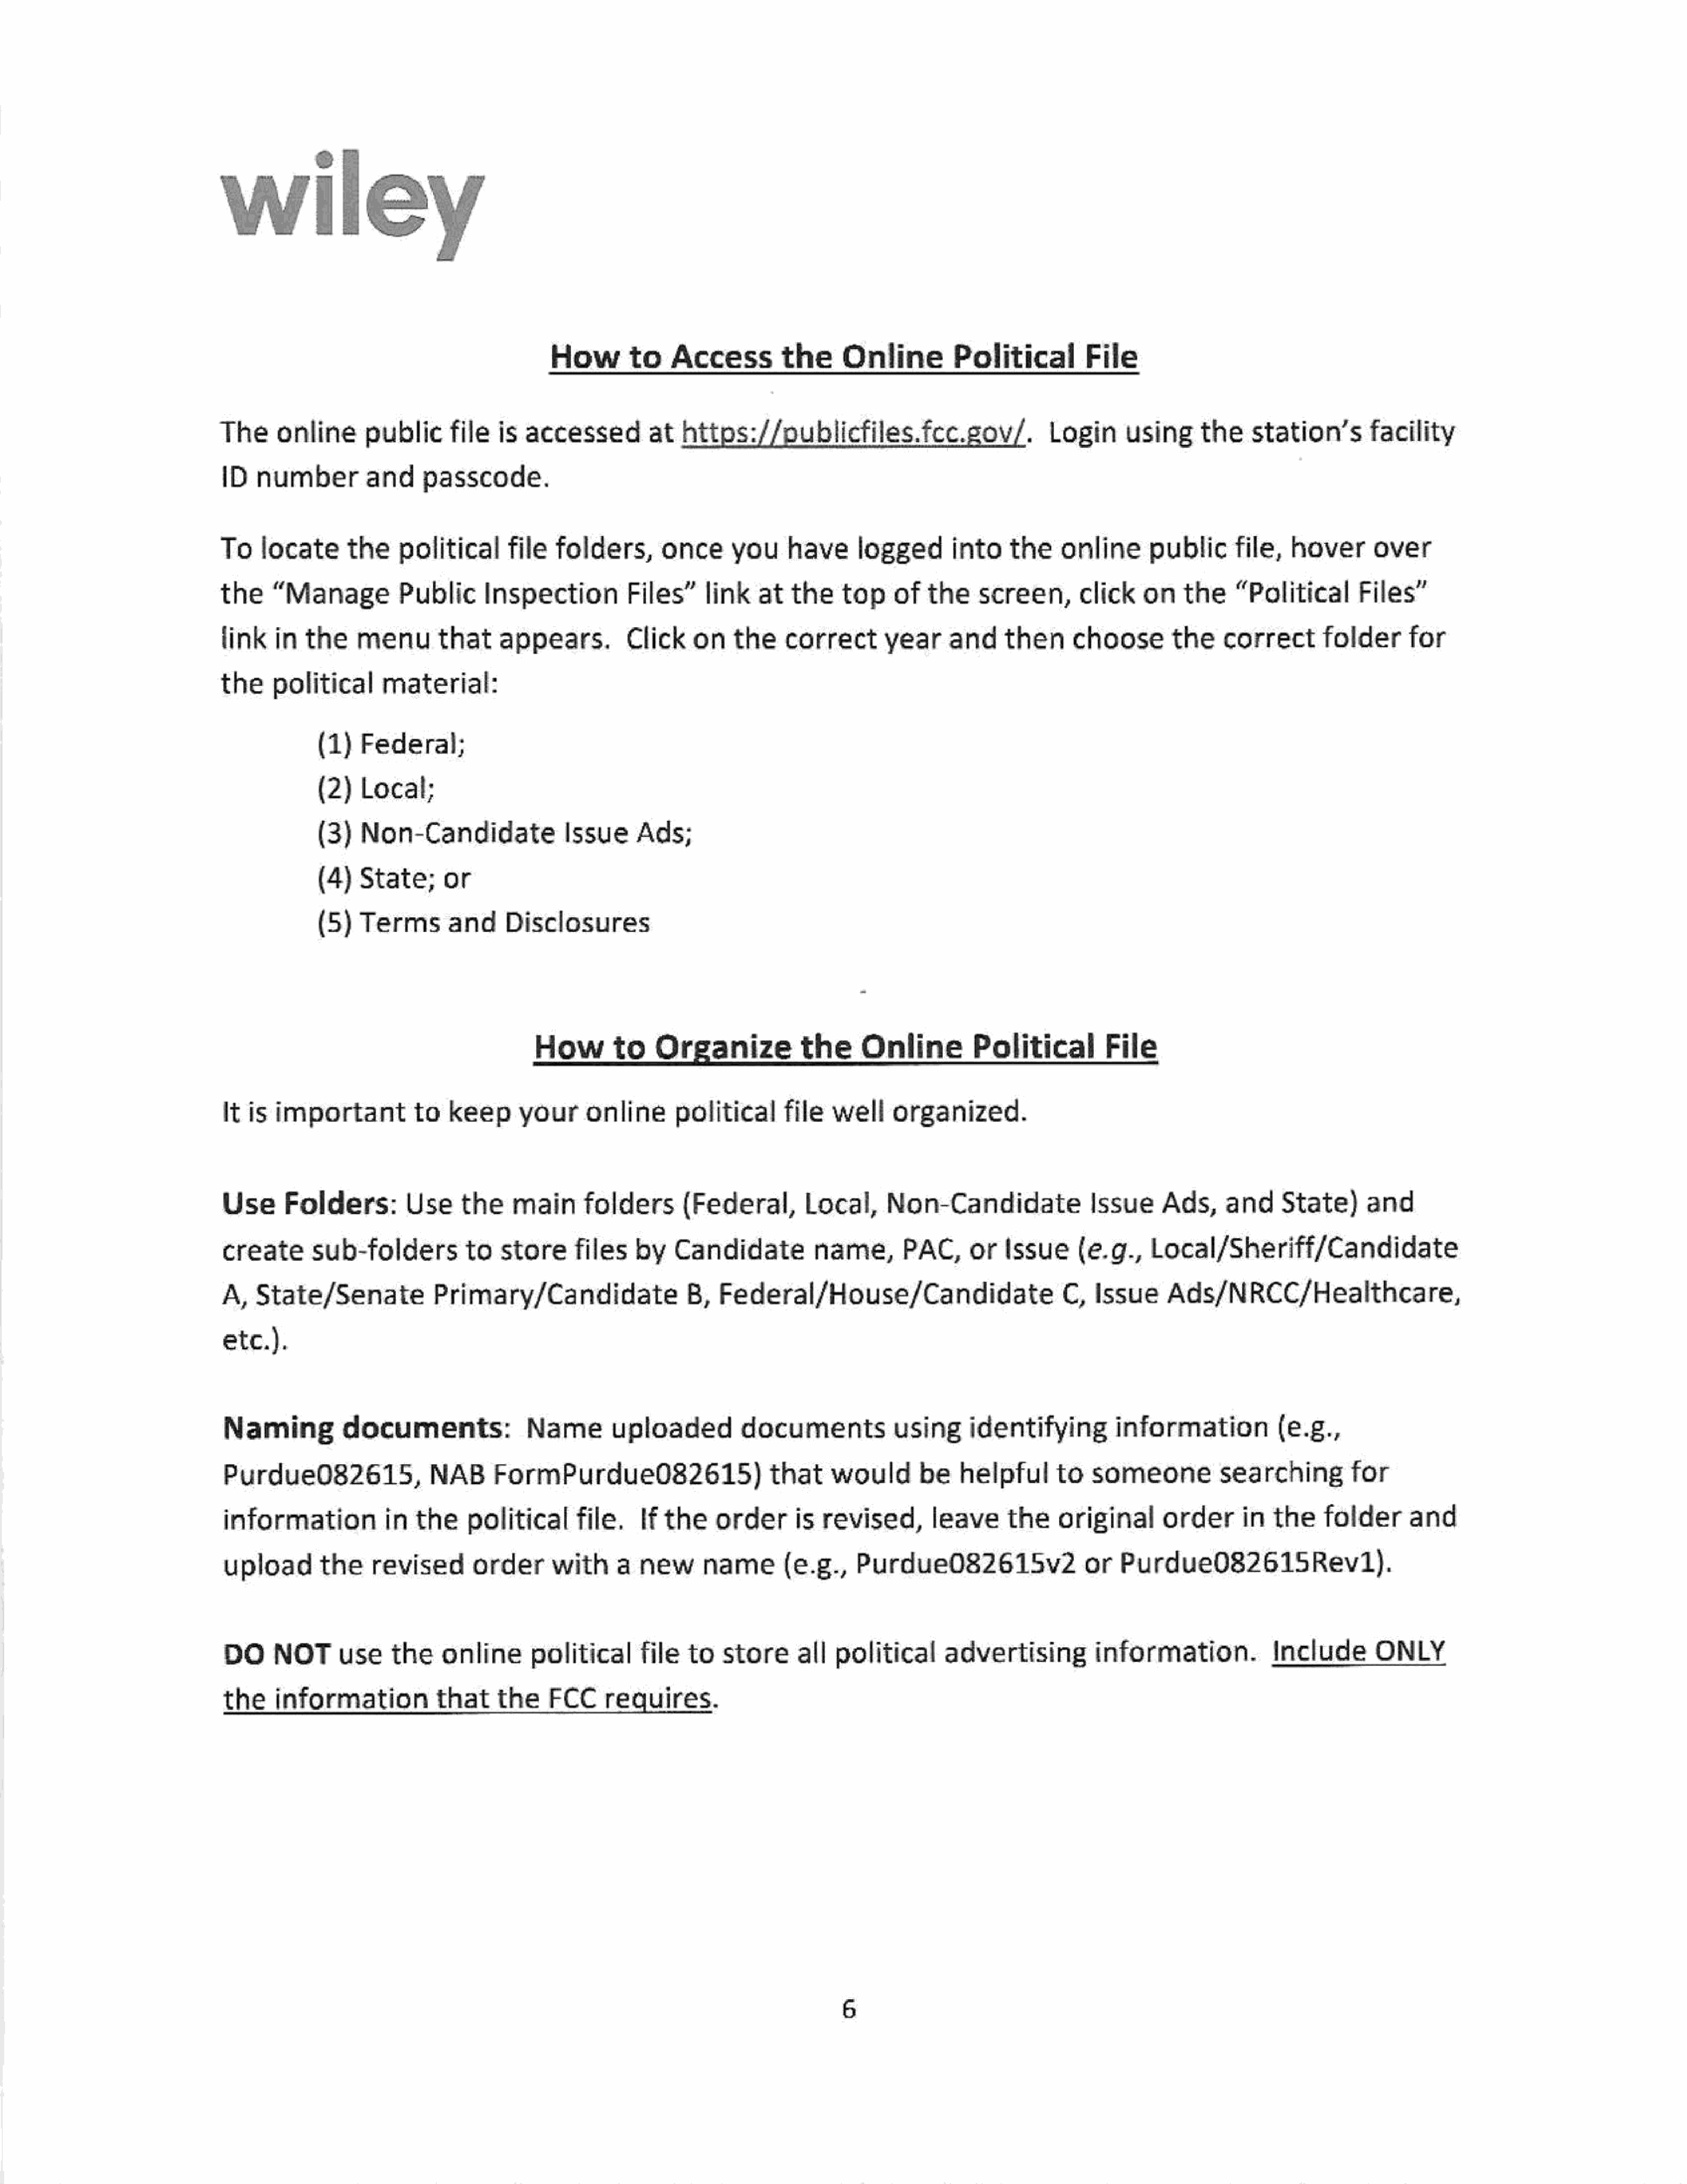
wiley
 How        to    Access          the     Online          Political          File
 The      online      public      file   is  accessed          at   https://oublicfiles.fcc.gov/.                       Login      using      the    station’s     facility
 1D   number       and        passcode.
 To    locate       the    political       file  folders,        once      you     have      logged    into       the     online      public      file,    hover      over
 the     “Manage           Public      Inspection           Files”     link    at  the    top     of   the    screen,click           on    the     “Political       Files”
 link   in   the    menu        that     appears.          Click    on    the    correct       year      and     then      choosethe            correct       folder      for
 the    political       material:
 (1)   Federal;
 (2)   Local;
 (3)   Non-Candidate                Issue     Ads;
 (4)  State;       or
 (5)  Terms        and  Disclosures
 How        to    Organize            the      Online      Political           File
 It  is  important          to   keep      your   online          political    file     well     organized.
 Use      Folders:         Use     the    main      folders        (Federal,        Local,      Non-Candidate                Issue     Ads,     and     State)      and
 create       sub-foldersto              storefiles         by   Candidate           name,        PAC,      or   Issue     (e.g.,     Local/Sheriff/Candidate
 A,   State/Senate             Primary/Candidate                   B,   Federal/House/Candidate                          C,   Issue     Ads/NRCC/Healthcare,
 etc.).
 Naming           documents:                Name         uploaded          documentsusing                   identifying          information            (e.g.,
 Purdue082615,                 NAB      FormPurdue082615)                      that     would        be   helpful       to   someone            searching         for
 information            in  the     political     file.      If the    order       is  revised,       leave      the    original       order       in  the    folder      and
 upload        the    revised        order      with     a   new      name    (e.g.,        Purdue082615v2                  or   Purdue082615Rev1).
 DO     NOTuse           the    online    political        file    to   store      all   political      advertising           information.             Include        ONLY
 the    information            that     the     FCC     requires.